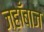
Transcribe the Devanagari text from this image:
जहाँबाज